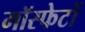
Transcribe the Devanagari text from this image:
मॉस्फेटों